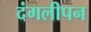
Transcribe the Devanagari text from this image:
दंगलीपन